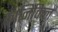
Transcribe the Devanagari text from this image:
क्रानिकिल